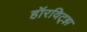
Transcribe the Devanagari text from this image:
हॉरविट्झ